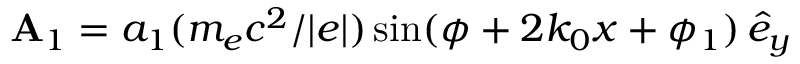
\mathbf { A } _ { 1 } = a _ { 1 } ( m _ { e } c ^ { 2 } / | e | ) \sin ( \phi + 2 k _ { 0 } x + \phi _ { 1 } ) \, \hat { e } _ { y }